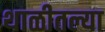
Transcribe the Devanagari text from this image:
थाळीतल्या